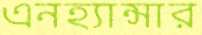
এনহ্যান্সার